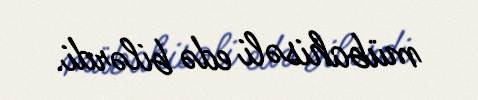
mübahisəli edə bilərdi.